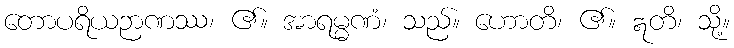
တောပရိယဉာဏဿ၊ ၏။ အာရမ္မဏံ၊ သည်။ ဟောတိ၊ ၏။ ဣတိ၊ သို့။